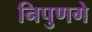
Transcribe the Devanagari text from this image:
निपुणगे